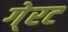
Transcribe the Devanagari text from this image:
गे्रट